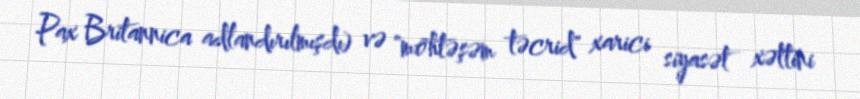
Pax Britannica adlandırılmışdı) və "möhtəşəm təcrid" xarici siyasət xəttini